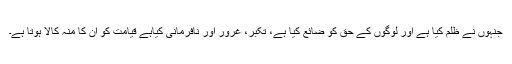
جنہوں نے ظلم کیا ہے اور لوگوں کے حق کو ضائع کیا ہے، تکبر، غرور اور نافرمانی کیاہے قیامت کو ان کا منہ کالا ہوتا ہے۔